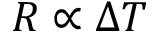
R \propto \Delta T